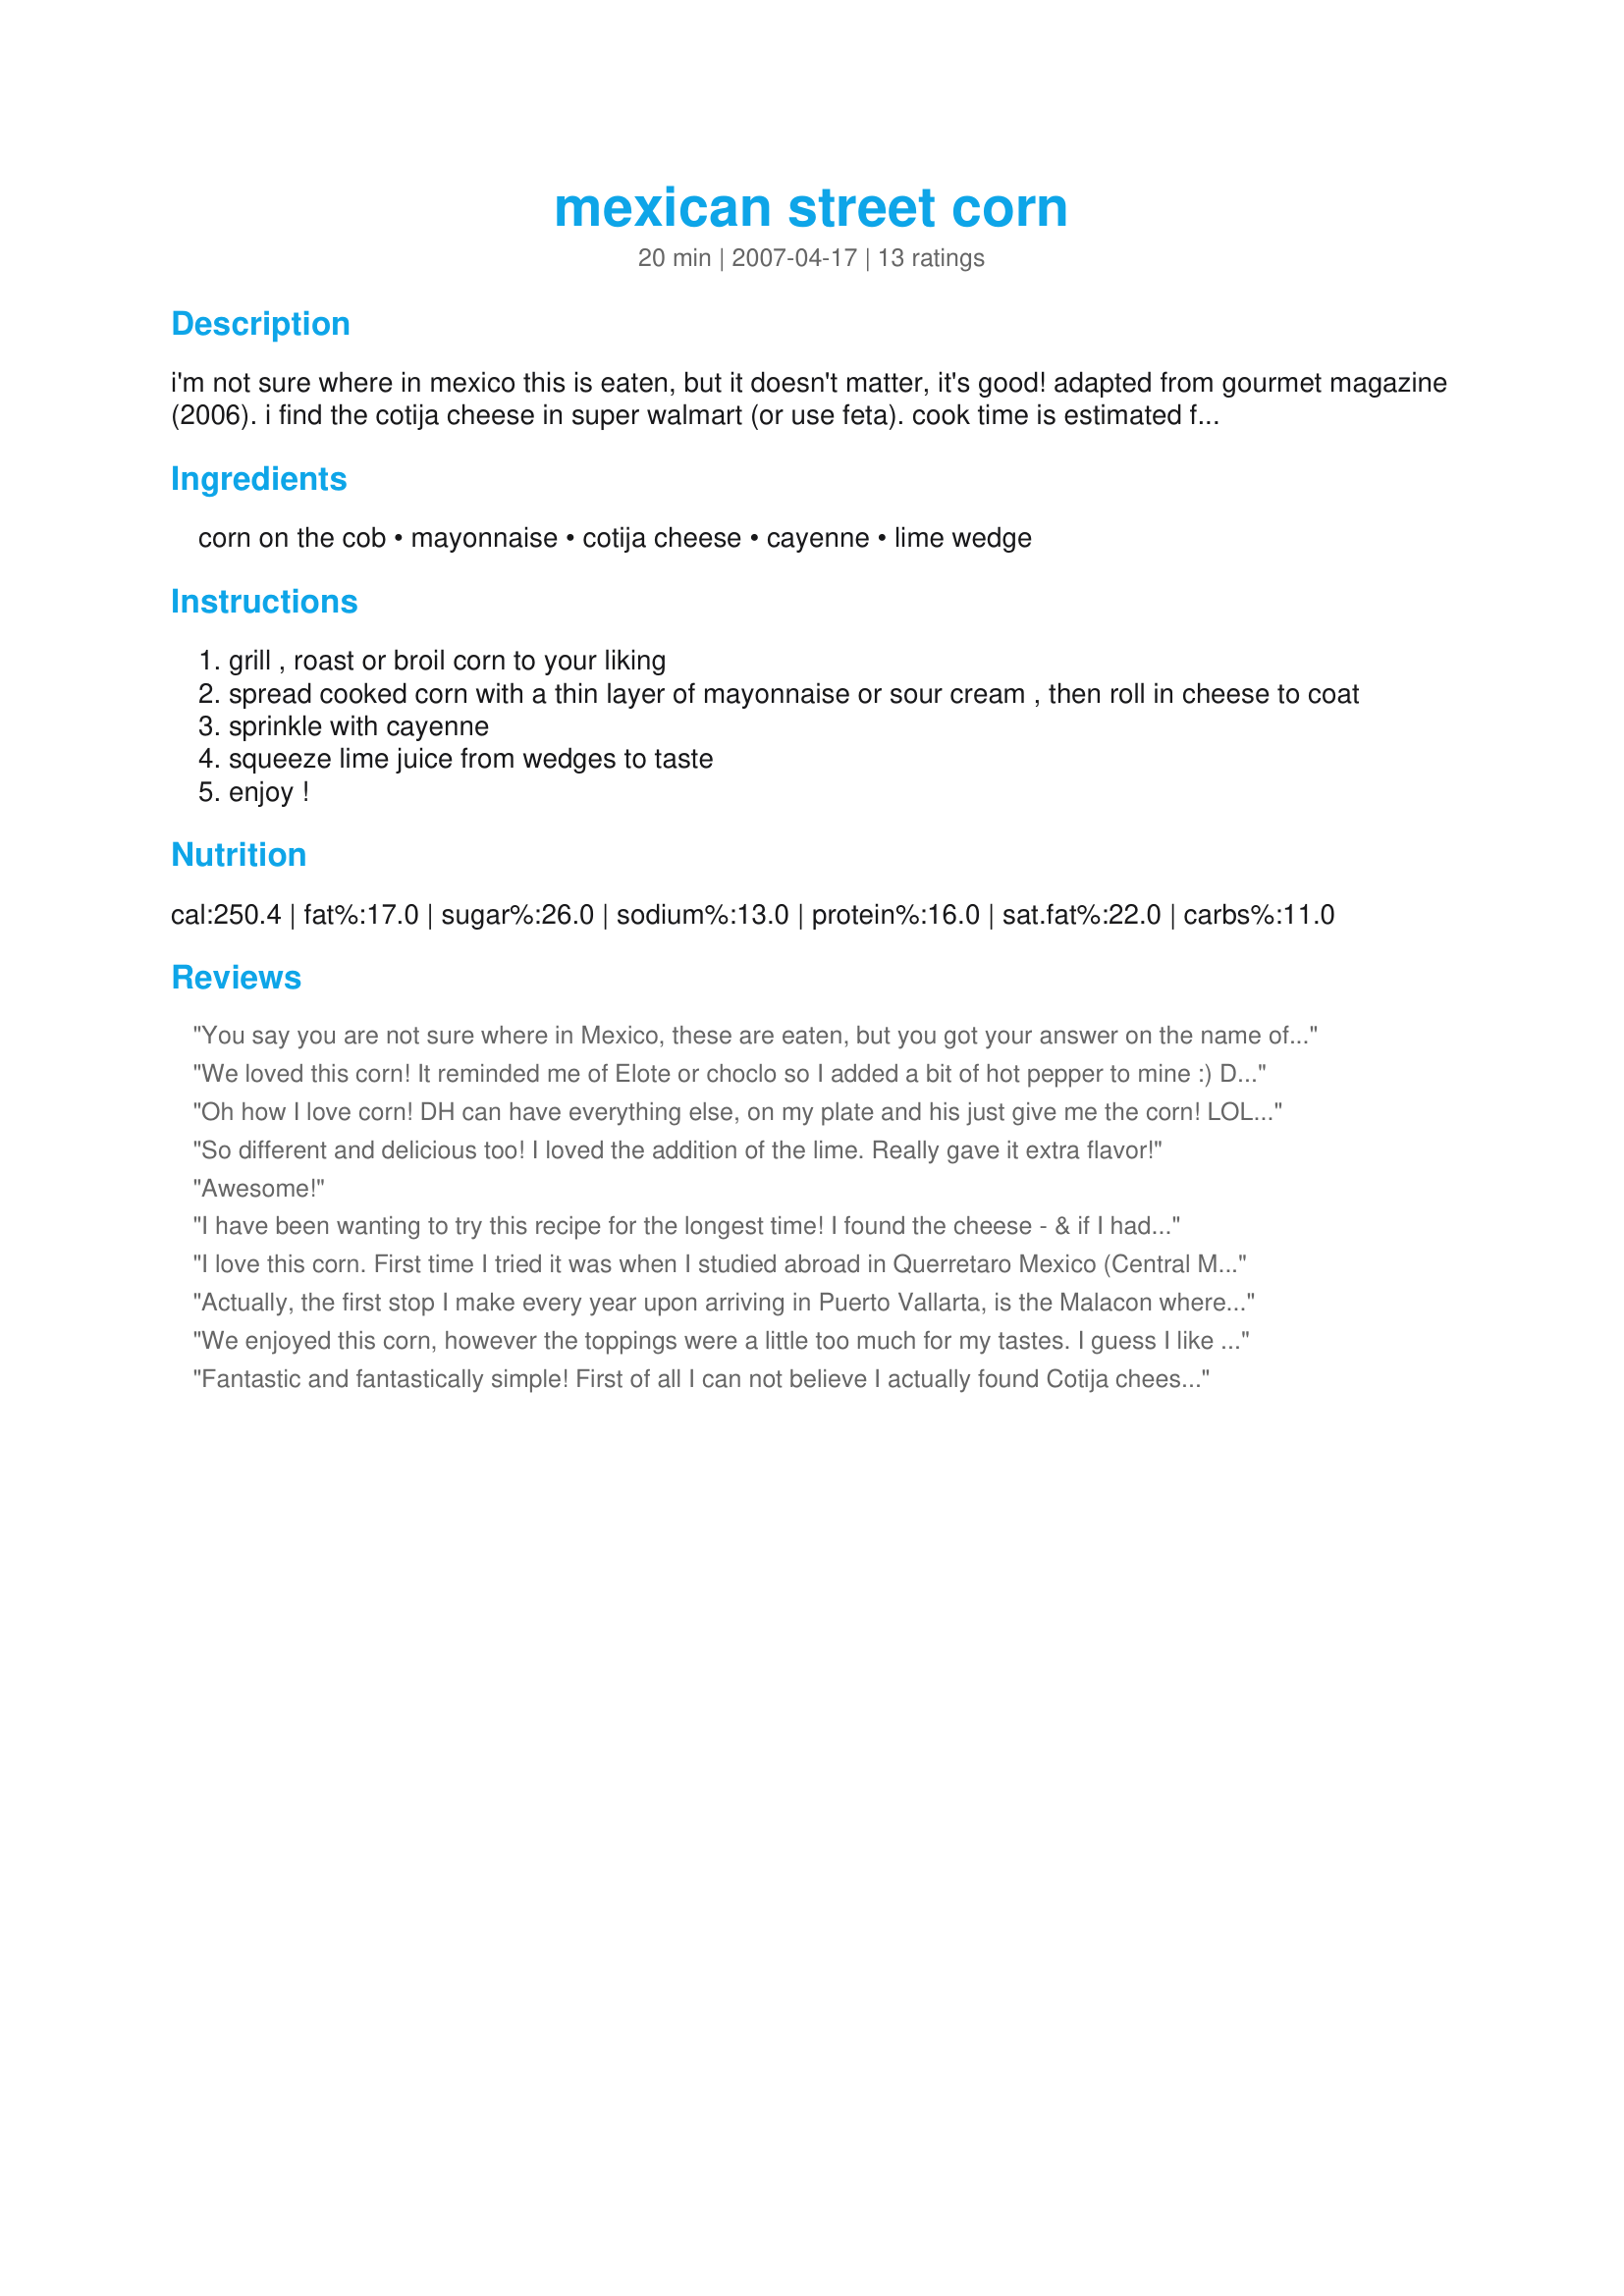
mexican street corn
Preparation time: 20 minutes

i'm not sure where in mexico this is eaten, but it doesn't matter, it's good! adapted from gourmet magazine (2006). i find the cotija cheese in super walmart (or use feta). cook time is estimated for cooking of corn.

Ingredients:
corn on the cob, mayonnaise, cotija cheese, cayenne, lime wedge

Steps:
grill , roast or broil corn to your liking
spread cooked corn with a thin layer of mayonnaise or sour cream , then roll in cheese to coat
sprinkle with cayenne
squeeze lime juice from wedges to taste
enjoy !

Reviews:
You say you are not sure where in Mexico, these are eaten, but you got your answer on the name of the recipe. You find them on the streets. Every town has at least a couple of corn-on-the cob or Esquites stalls, that you can visit, they also make churros and fried potatoes in these kind of places. Or you can find a man pushing a cart throughout the neighborhoods, offering this "delicacies."
These are really good!! I love making them at home myself, we add a shot of hot sauce too, great for snacking or as a side dish.
We loved this corn! It reminded me of Elote or choclo so I added a bit of hot pepper to mine :) Delicous!!! Thanks Diva!!! *Zaar World Tour III*
Oh how I love corn! DH can have everything else, on my plate and his just give me the corn! LOL! This is so delicious! I opted for the feta because that was the only cheese in the house. The combination of the sweet from the corn the salty from the cheese and tart from the lime was out of this world! Delicious Sharon! Thank you so much for a new favorite! Made for KK's Grilling Tag
So different and delicious too! I loved the addition of the lime. Really gave it extra flavor!
Awesome!
I have been wanting to try this recipe for the longest time! I found the cheese - & if I had known it was this good, I would have been doing all sorts of things with it! Grilled my corn. Used sour cream. I only made 2 ears & dh didn't want to try - his loss - so of course, I scaled down the recipe quite a bit. I need to get more corn at the store so I can have this again. Thank you very much for sharing!!
I love this corn. First time I tried it was when I studied abroad in Querretaro Mexico (Central Mexico about 2 hours south of Mexico City). Street vendors everywhere we went would sell this. When I came back to the states I fashioned my own recipe similar to this so I could continue to enjoy. When I grill this, I soak the corn in the husks, grill it in the husks until tender and then I peel back the husks, and brown it a little more. Leave the husks on the cob to use as a handle; just like the street vendors would do it in Mexico.
Actually, the first stop I make every year upon arriving in Puerto Vallarta, is the Malacon where the street vendors are set up selling this delighful dish! I noticed that Gabesgirl mentioned that she has never seen it in Mexico, and her parents are from Jalisco. Since PV is in the state of Jalisco, I wonder if this is only sold on the streets during the Festival of the Virgin Mary~ which is the time I go every year ( The week of December 12th) Every night, there are parades and street vendors selling wonderful food.
More than on the cob, however, this corn is sold in plastic drinking cups. There is a condiment table in front of the big pot of cooked corn, and you can doctor it up any way you like. Sounds nasty, but do yourself a favor and add the mayo ( I'm not kidding) and the cotija with a sprinkle of the chile pepper. Out of this world!
We enjoyed this corn, however the toppings were a little too much for my tastes. I guess I like my corn better when it's just plain with butter.
Fantastic and fantastically simple! First of all I can not believe I actually found Cotija cheese at my grocery store and I love it! I prepared as directed by the recipe, only using frozen mini ears of sweet corn. I zapped them in the microwave, then coating with mayo, rolling in the cheese, a sprinkle of mayo and a little squeeze of lime juice. The flavors are just so wonderful. The lime juice just accentuates the summer flavor of the corn. I can imagine that fresh corn on the grill would be heavenly and I will soon try it like this. Thanks Sharon123!
Just made a few ears for my lunch and absolutely loved it. Couldn't find the Cotija so I used feta which quickly melted onto the corn giving it such a lovely flavor. Can't wait for the family to try it. Made for the Farmer's Market tag game.
I've actually never seen these anywhere in the parts of Mexico I've been to (my parents are from Jalisco and Baja) but I believe these might be sold by street vendors in Mexico City. East Los Angeles and Downtown Los Angeles street vendors regularly sell these out of carts for about $1 along with raspados (shaved ice flavored with fresh fruit syrups). I love these! They remind me of my ghetto childhood in East L.A.
Great recipe but I prefer cutting it off the cob, placing in a styrofoam cup and mixing with lime, mayonnaise, parmesan or cotijo cheese, tobasco or any hot sauce, cayenne...yum..I also add finely chopped cilantro...add the ingrediates that appeal to you..just mix it up good before you eat.. This is sold by many vendors on streets in Houston and San Antonio, Tx
